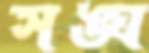
সঙ্ঘ